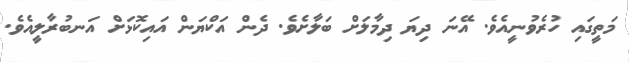
މަތީގައި ހުރެވުނީއެވެ. އޭނަ ދިޔަ ދިމާލަށް ބަލާށެވެ. ދެން އަކްޔަން އައިކޮޅަށް އަނބުރާލީއެވެ.